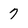
Character: 7